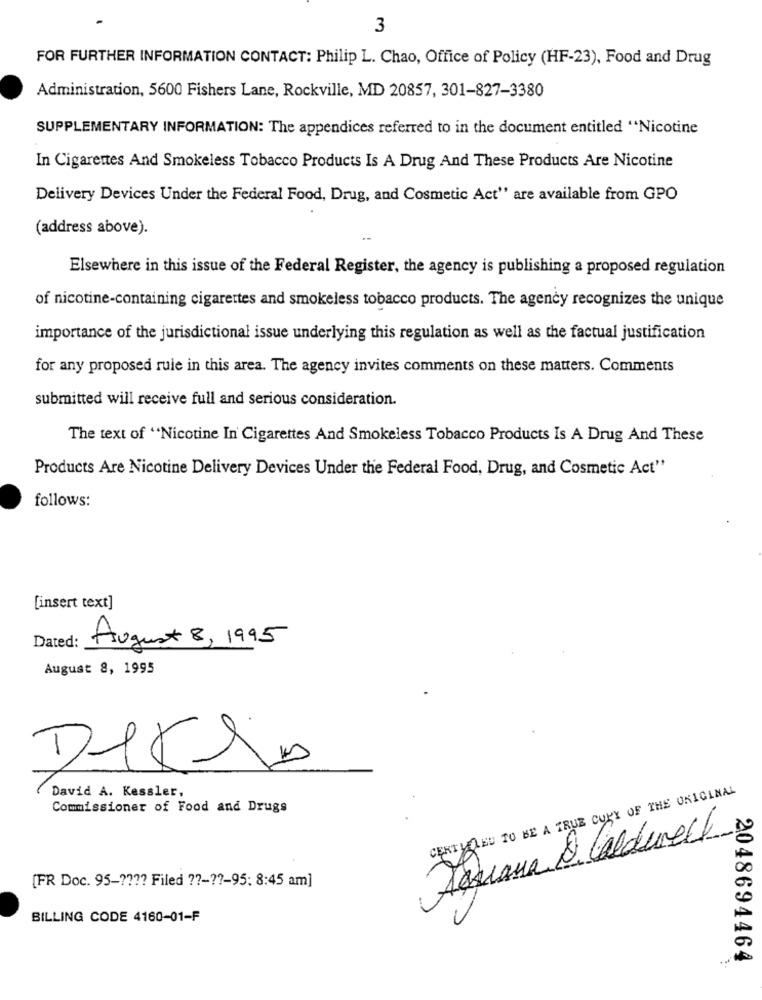
3
FOR FURTHER INFORMATION CONTACT: Philip L. Chao, Office of Policy (HF-23), Food and Drug
Administration, 5600 Fishers Lane, Rockville, MD 20857, 301-827-3380
SUPPLEMENTARY INFORMATION: The appendices referred to in the document entitled "Nicotine
In Cigarettes And Smokeless Tobacco Products Is A Drug And These Products Are Nicotine
Delivery Devices Under the Federal Food, Drug, and Cosmetic Act" are available from GPO
(address above).
Elsewhere in this issue of the Federal Register, the agency is publishing a proposed regulation
of nicotine-containing cigarettes and smokeless tobacco products. The agency recognizes the unique
importance of the jurisdictional issue underlying this regulation as well as the factual justification
for any proposed rule in this area. The agency invites comments on these matters. Comments
submitted will receive full and serious consideration.
The text of "Nicotine In Cigarettes And Smokeless Tobacco Products Is A Drug And These
Products Are Nicotine Delivery Devices Under the Federal Food, Drug, and Cosmetic Act"
follows:
[insert text]
Dated:
August 8, 1995
August 8, 1995
-
David A. Kessler,
CERTY LEU TO BE A TRUE COPY OF THE ORIGINAL
Commissioner of Food and Drugs
Toscana & Caldwell
[FR Doc. 95 -???? Filed ??-??- 95: 8:45 am]
BILLING CODE 4160-01-F
2048694464